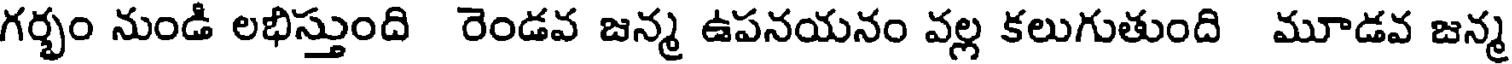
గర్భం నుండి లభిస్తుంది రెండవ జన్మ ఉపనయనం వల్ల కలుగుతుంది మూడవ జన్మ